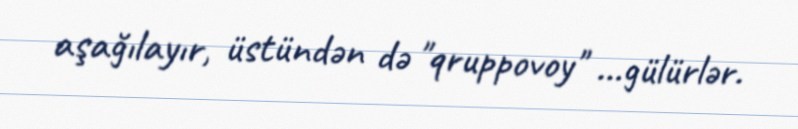
aşağılayır, üstündən də "qruppovoy" ...gülürlər.